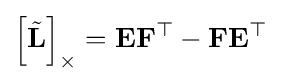
\left[{\tilde {\mathbf {L} }}\right]_{\times }=\mathbf {E} \mathbf {F} ^{\top }-\mathbf {F} \mathbf {E} ^{\top }